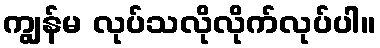
ကျွန်မ လုပ်သလိုလိုက်လုပ်ပါ။